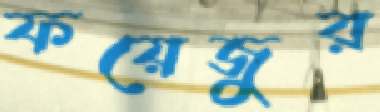
ফয়েজুর